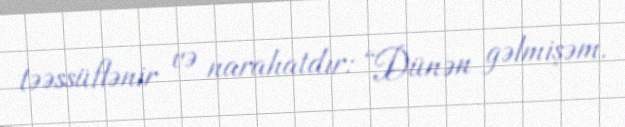
təəssüflənir və narahatdır: “Dünən gəlmişəm.